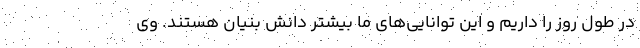
در طول روز را داریم و این توانایی‌های ما بیشتر دانش بنیان هستند. وی